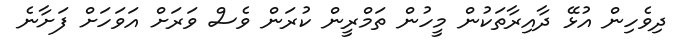
ދިވެހިން އުޅޭ ދާއިރާތަކުން މީހުން ތަމްރީން ކުރަން ވެސް ވަރަށް އަވަހަށް ފަށާނެ